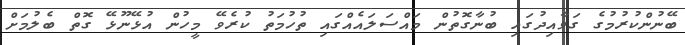
ބޭނުންކުރުމުގެ ގަވާއިދުގައި ބުނާގޮތުން މައްސަލައެއްގައި ތުހުމަތު ކުރެވޭ މީހުން އުޅޭނޫޅޭ ގޮތް ބެލުމަށް